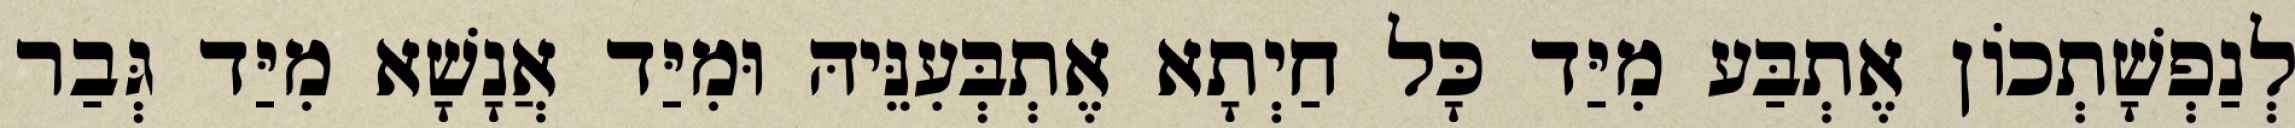
לְנַפְשָׁתְכוֹן אֶתְבַּע מִיַּד כָּל חַיְתָא אֶתְבְּעִנֵּיהּ וּמִיַּד אֲנָשָׁא מִיַּד גְּבַר